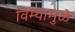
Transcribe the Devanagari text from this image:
विम्यामुळे